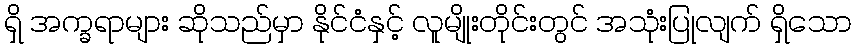
ရှိ အက္ခရာများ ဆိုသည်မှာ နိုင်ငံနှင့် လူမျိုးတိုင်းတွင် အသုံးပြုလျက် ရှိသော